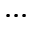
. . .